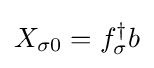
X_{\sigma 0}=f_{\sigma }^{\dagger }b